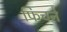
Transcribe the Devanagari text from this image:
फिचने